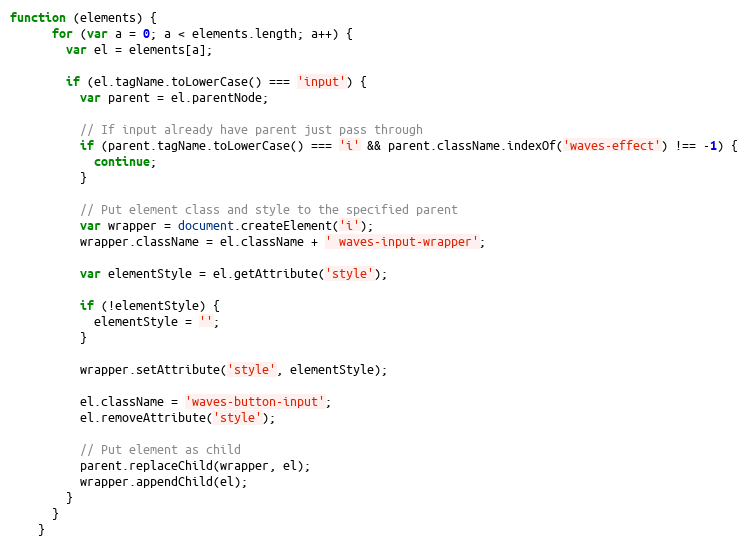
Language: JavaScript
function (elements) {
      for (var a = 0; a < elements.length; a++) {
        var el = elements[a];

        if (el.tagName.toLowerCase() === 'input') {
          var parent = el.parentNode;

          // If input already have parent just pass through
          if (parent.tagName.toLowerCase() === 'i' && parent.className.indexOf('waves-effect') !== -1) {
            continue;
          }

          // Put element class and style to the specified parent
          var wrapper = document.createElement('i');
          wrapper.className = el.className + ' waves-input-wrapper';

          var elementStyle = el.getAttribute('style');

          if (!elementStyle) {
            elementStyle = '';
          }

          wrapper.setAttribute('style', elementStyle);

          el.className = 'waves-button-input';
          el.removeAttribute('style');

          // Put element as child
          parent.replaceChild(wrapper, el);
          wrapper.appendChild(el);
        }
      }
    }